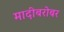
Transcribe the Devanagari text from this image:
मादीबरोबर